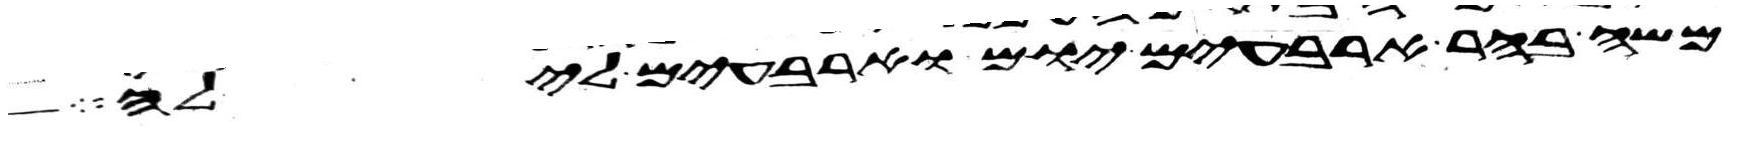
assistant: משה בהר ארבעים יום וארבעים לילה